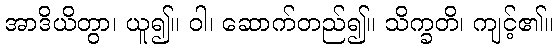
အာဒိယိတွာ၊ ယူ၍။ ဝါ၊ ဆောက်တည်၍။ သိက္ခတိ၊ ကျင့်၏။